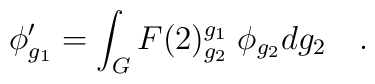
\phi'_{g_1} = \int_G F(2)^{g_1}_{g_2}\; \phi_{g_2} dg_2  \quad .